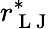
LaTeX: r_{\mathrm{~L~J~}}^{*}